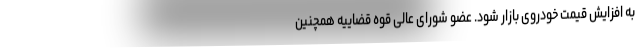
به افزایش قیمت خودروی بازار شود. عضو شورای عالی قوه قضاییه همچنین